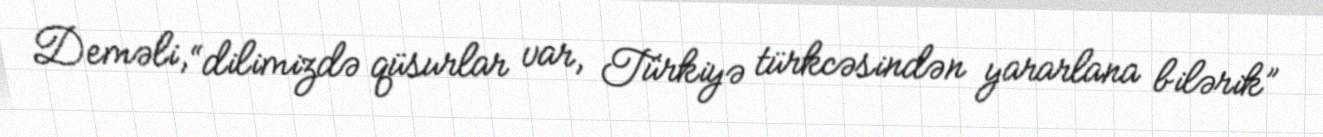
Deməli, “dilimizdə qüsurlar var, Türkiyə türkcəsindən yararlana bilərik”